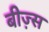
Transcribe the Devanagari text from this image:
बीज़्स